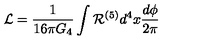
{ \cal L } = { \frac { 1 } { 1 6 \pi G _ { 4 } } } \int { \cal R } ^ { ( 5 ) } { d ^ { 4 } x } { \frac { d \phi } { 2 \pi } }